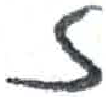
אות: ז